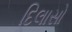
દિલાસો